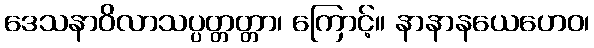
ဒေသနာဝိလာသပ္ပတ္တတ္တာ၊ ကြောင့်။ နာနာနယေဟေဝ၊